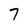
Character: 7